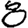
Digit: 8